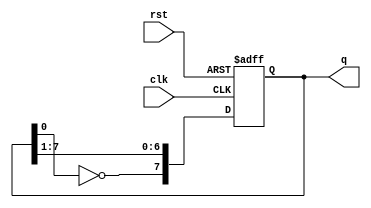
module A2Q2_johnson_counter(rst, clk, q);

    input rst, clk;        // Taking inputs
    output[7:0] q;         // Initialisng a 8 bit output
    reg [7:0] q;

    always @(negedge rst or posedge clk)    // At positive clock edge or negative reset edge, perform the operation

    if(!rst)
        q <= 0; // Giving q the value 0 asynchronously if rst=0
    else
        q <= {{~q[0]},{q[7:1]}};

endmodule